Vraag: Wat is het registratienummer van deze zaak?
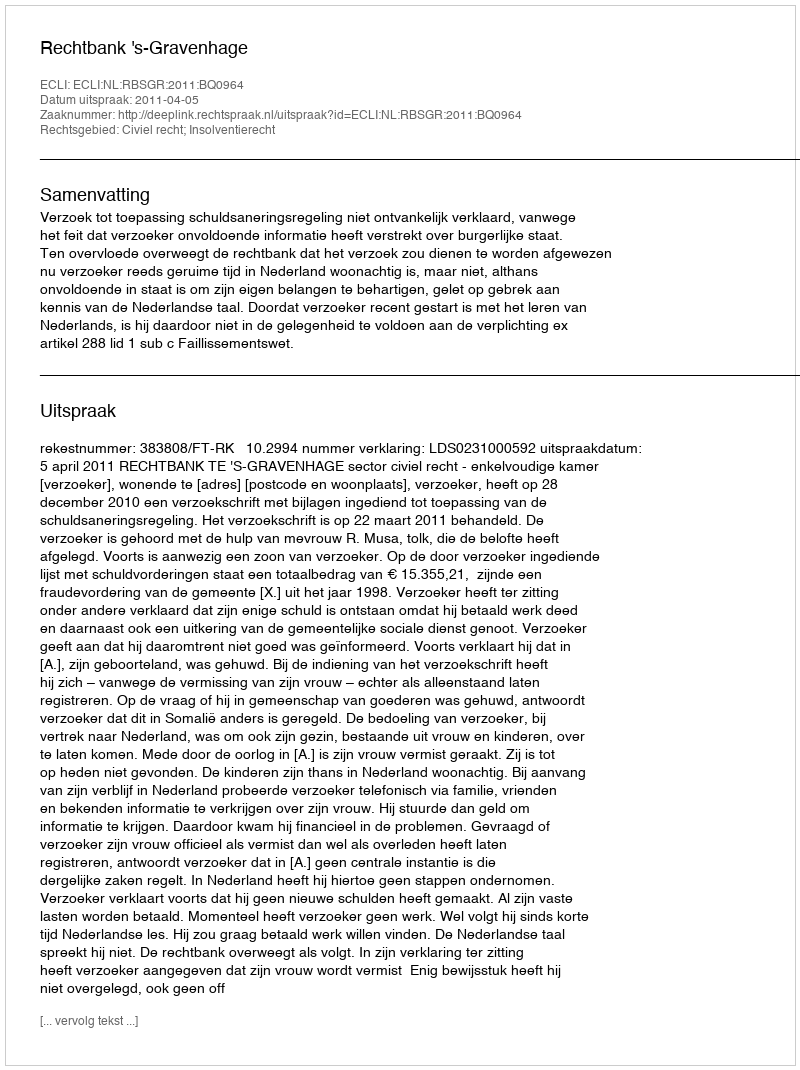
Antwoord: http://deeplink.rechtspraak.nl/uitspraak?id=ECLI:NL:RBSGR:2011:BQ0964